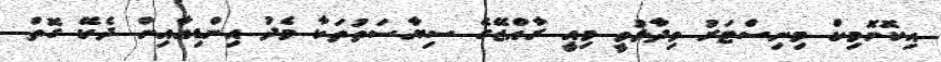
އިކޮނޮމިކް މިނިސްޓަރު ވިދާޅުވީ މިއީ ރާއްޖޭގެ ސިޔާސަތުތަކާ މެދު އިންޑިއާއިން ދެކޭ ގޮތް